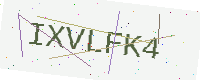
Text: IXVLFK4